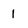
Character: 1